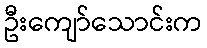
ဦးကျော်သောင်းက